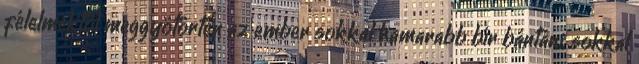
félelmektől meggyötörten az ember sokkal hamarabb bír bántani, sokkal